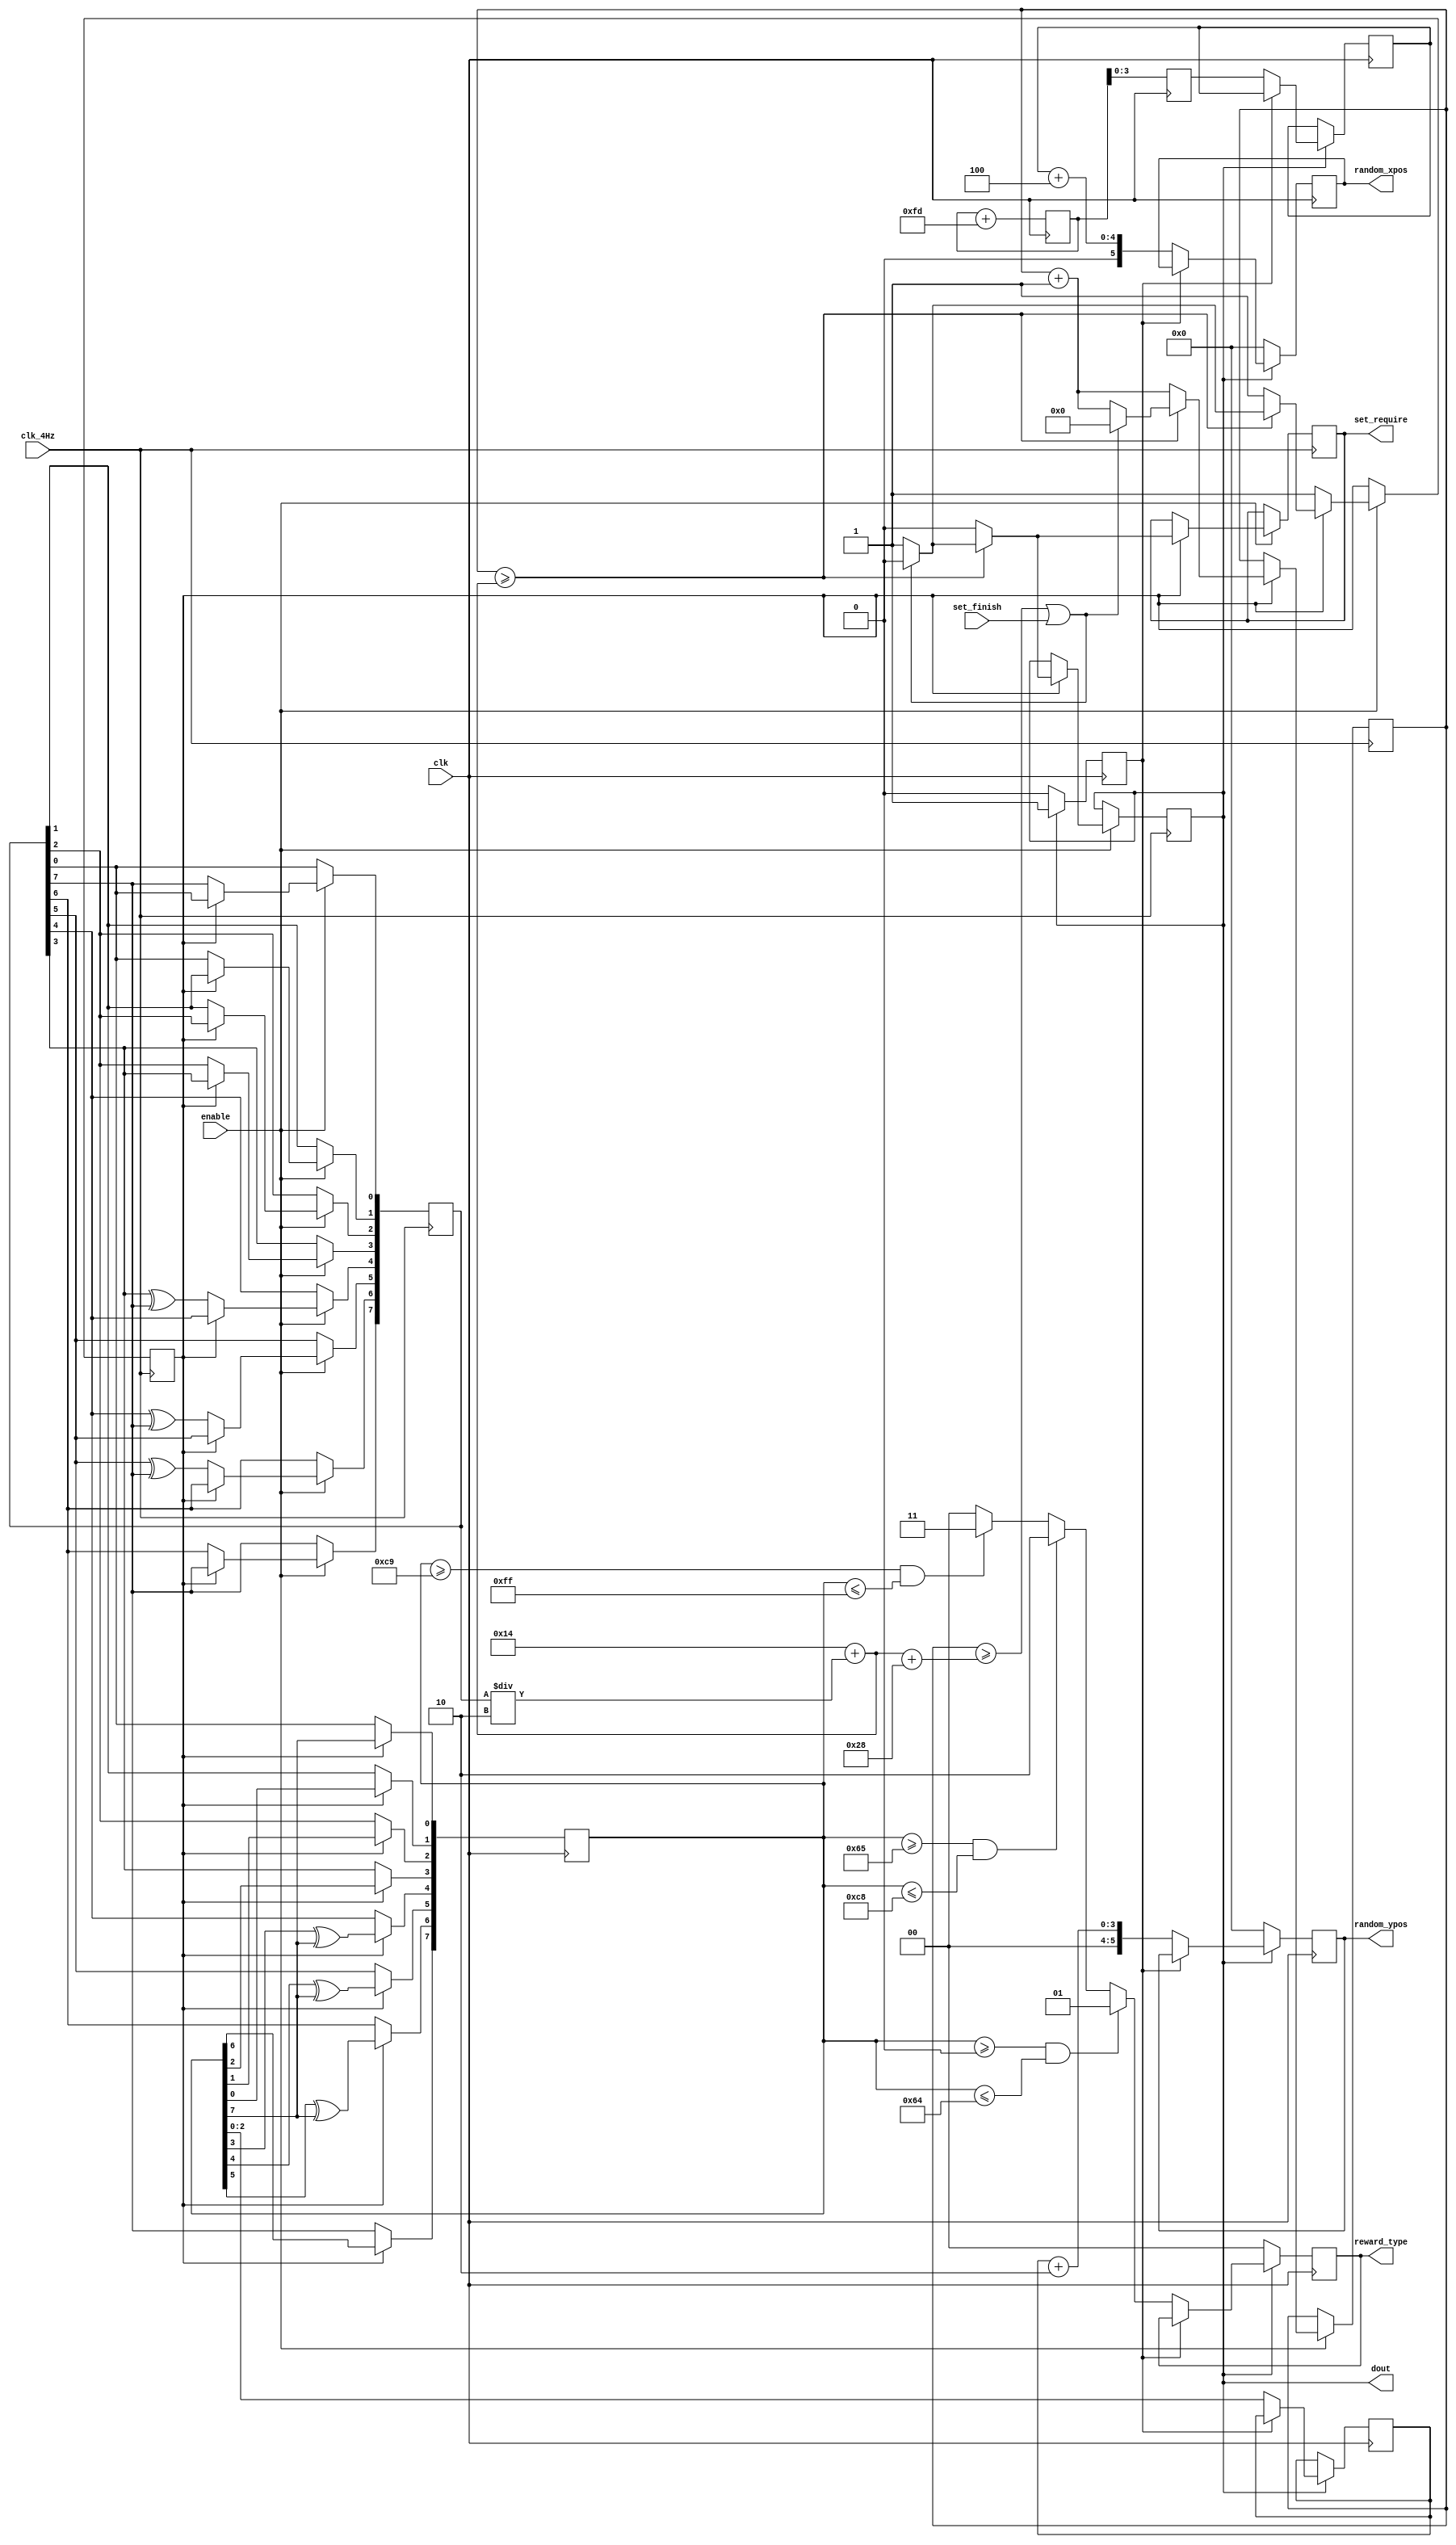
/*
 * @Discription: 
 * @Author: Qin Boyu
 * @Date: 2019-05-14 00:09:54
 * @LastEditTime: 2019-05-19 10:21:53
 */
module reward_random_generator
(
    input               	clk, 
	input					clk_4Hz,
	input					enable,
	input					set_finish,
	output		reg			dout,
	output		reg			set_require,
	output reg	[1:0]		reward_type,	
	output reg	[5:0] 		random_xpos,
	output reg	[5:0]		random_ypos
);

`define		STAY_TIME	40
`define		BASE_TIME	20	 	

reg [7:0] 	 	rand_num;
reg [7:0] 	 	rand_num_2;
reg	[31:0]		cnt; 
reg				load;
reg		[7:0]	seed;
reg				lock;
reg		[3:0]	random_key_xpos;
reg		[2:0]	random_key_ypos;
reg		[7:0]	random_seed_cnt;



initial 		
	begin
	load <= 0;
	seed <= 3819;
	cnt <= 0;
	random_seed_cnt <= 0;
	rand_num <= 10;
	rand_num_2 <= 28;
	random_xpos <= 0;
	random_ypos <= 0;
	random_key_xpos <= 0;
	random_key_ypos <= 0; 
	reward_type	<= 0;
	lock 		<= 0;
	end

always@(posedge clk)
begin
	random_seed_cnt <= random_seed_cnt + 2301;
end


always@(posedge clk)
begin
	seed <= random_seed_cnt;
	if(!load)
		rand_num_2 <= rand_num;
	else
		begin
		rand_num_2[0] <= rand_num_2[7];
		rand_num_2[1] <= rand_num_2[0];
		rand_num_2[2] <= rand_num_2[1];
		rand_num_2[3] <= rand_num_2[2];
		rand_num_2[4] <= rand_num_2[3]^rand_num_2[7];
		rand_num_2[5] <= rand_num_2[4]^rand_num_2[7];
		rand_num_2[6] <= rand_num_2[5]^rand_num_2[7];
		rand_num_2[7] <= rand_num_2[6];
		end
end

always@(posedge clk_4Hz)
begin
    if(enable)
	begin		
		if(!load)
		begin
			rand_num <=	seed;    /*load the initial value when load is active*/
			load <= 1;
			rand_num[0] <= rand_num[7];
			rand_num[1] <= rand_num[0];
			rand_num[2] <= rand_num[1];
			rand_num[3] <= rand_num[2];
			rand_num[4] <= rand_num[3]^rand_num[7];
			rand_num[5] <= rand_num[4]^rand_num[7];
			rand_num[6] <= rand_num[5]^rand_num[7];
			rand_num[7] <= rand_num[6];
		end
		else
		begin
			cnt <= cnt + 1;
			if(cnt >= `BASE_TIME + rand_num/2 )
			begin
				dout <= 1;
				set_require <= 1'b1;
				if(	(cnt >= `BASE_TIME + rand_num/2 + `STAY_TIME) || set_finish == 1'b1)
				begin
					dout <= 0;
					load <= 0;
					cnt  <= 0;
					set_require <= 1'b0;
				end
			end
			else
				begin
				dout <= 0;
				set_require <= 1'b0;
				end
		end
	end     
end



always@ (posedge clk)
begin
	if(dout)
	begin
		if(!lock)
		begin
		random_key_xpos <= 	seed[3:0];
		random_key_ypos	<= 	rand_num_2[2:0];
		random_xpos <= random_key_xpos + 4;
		random_ypos <= random_key_ypos + 2;
		lock 		<= 1;
		if (rand_num_2 >= 0 && rand_num_2 <= 100)
			reward_type <= 1;
		else if (rand_num_2 >= 101 && rand_num_2 <= 200)
			reward_type <= 2;
		else if (rand_num_2 >= 201 && rand_num_2 <= 255)
			reward_type <= 3;
		else
			reward_type <= 0;
		end
	end
	else
	begin
		random_xpos <= 0;
		random_ypos <= 0;
		lock 		<= 0;
		reward_type <= 0;
	end
	
end


endmodule